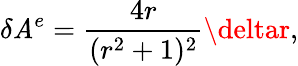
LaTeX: \delta\mathit{A}^{e}={\frac{{4r}}{{(r^{2}+1)^{2}}}}\deltar,